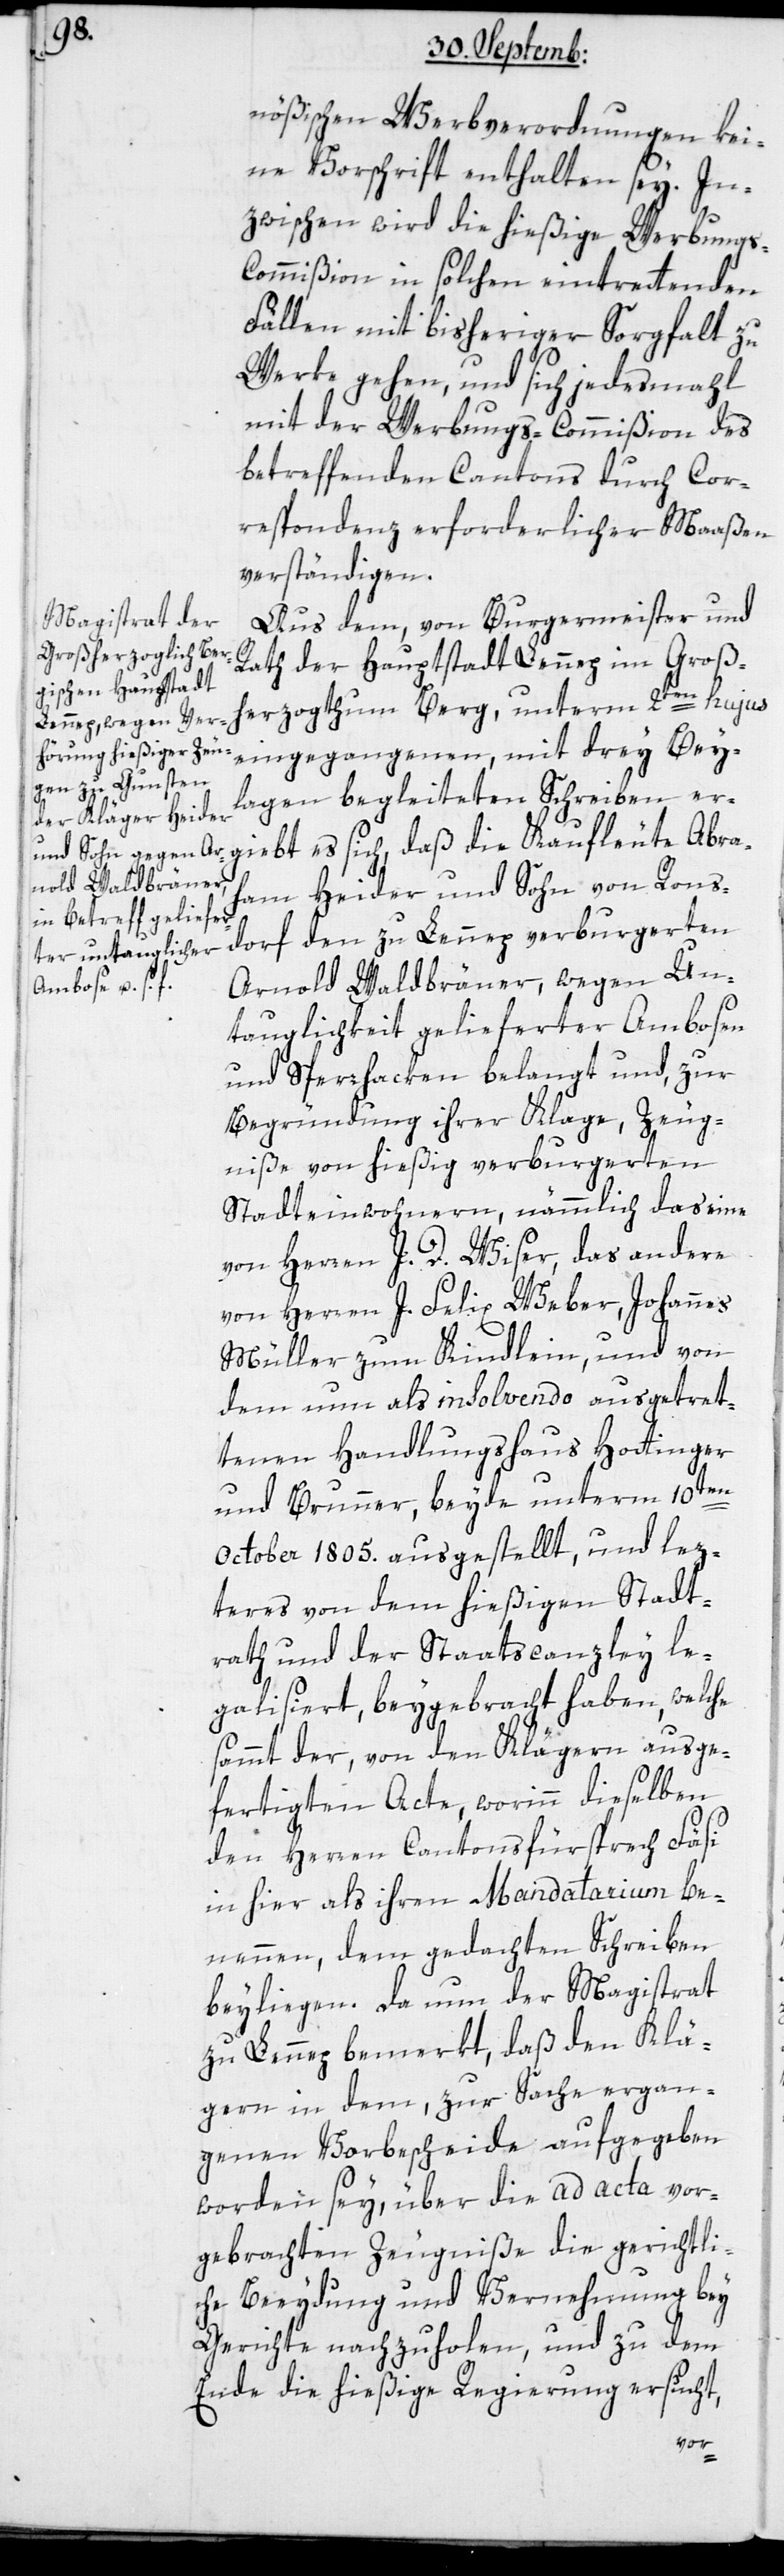
nößischen Werbverordnungen kei¬
ne Vorschrift enthalten sey. In¬
zwischen wird die hießige Werbungs-C¬
ommißion in solchen eintrettenden
Fällen mit bisheriger Sorgfalt zu
Werke gehen, und sich jedesmahl
mit der Werbungs-Commißion des
betreffenden Cantons durch Cor¬
respondenz erforderlicher Maaßen
verständigen.
Aus dem, von Burgermeister und
Rath der Hauptstadt Lennep im Groß¬
herzogtum Berg, unterm 2ten hujus
eingegangenen, mit drey Bey¬
laagen begleiteten Schreiben er¬
giebt es sich, daß die Kaufleute Abra¬
ham Heider und Sohn von Rons¬
dorf den zu Lennep verburgerten
Arnold Waldbräner, wegen Un¬
tauglichkeit gelieferter Ambosen
und Sperrhacken belangt und zur
Begründung ihrer Klage, Zeug¬
niße von hießig verburgerten
Stadteinwohnern, nämmlich das eine
von Herren J. D. Wiser, das andere
von Herren J. Felix Weber, Johannes
Müller zum Kindlein, und von
dem nun als Insolvendo ausgetret¬
tenen Handlungshaus Hottinger
& Brunner, beyde unterm 10ten
October 1805. ausgestellt, und lez¬
teres von dem hießigen Stadt¬
rath und der Staatscanzley le¬
galisiert, beygebracht haben, welche
sammt der, von den Klägern ausge¬
fertigten Acte, worinn dieselben
den Herren Cantonsfürsprech Fäsi
in hier als ihren Mandatarium be¬
nennen, dem gedachten Schreiben
beyliegen. Da nun der Magistrat
zu Lennep bemerkt, daß den Klä¬
gern in dem, zur Sache ergan¬
genen Vorbescheide aufgegeben
worden sey, über die ad acta vor¬
gebrachten Zeugniße die gerichtli¬
che Beeydigung und Vernehmung bey
Gerichte nachzuholen, und zu dem
Ende die hießige Regierung ersucht,